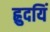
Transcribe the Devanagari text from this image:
ह्रुदयिं